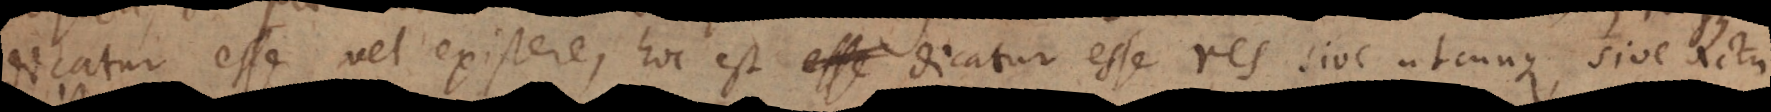
dicatur esse vel existere, hoc est dicatur esse res sive utcunque, sive actu